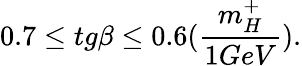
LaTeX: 0.7\leq tg\beta\leq 0.6(\frac{m_{H}^{+}}{1GeV}).